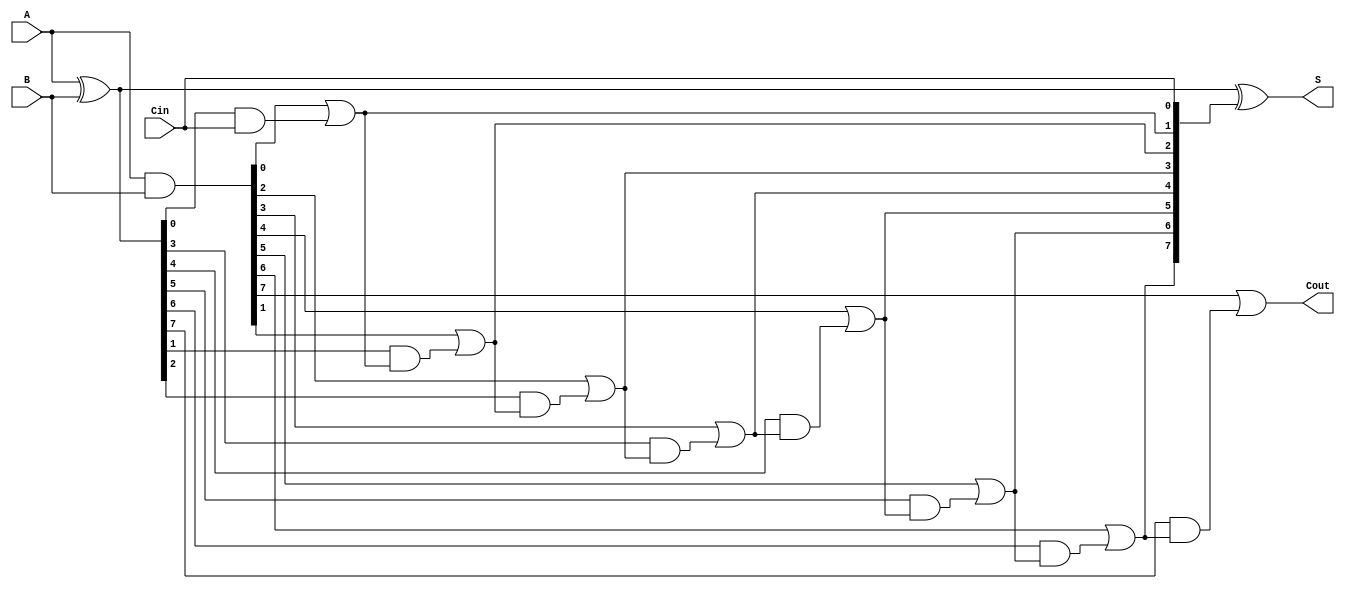
module ParallelPrefixAdder #(
    parameter N = 8 // Bit width
) (
    input  [N-1:0] A,      // First operand
    input  [N-1:0] B,      // Second operand
    input         Cin,      // Carry-in
    output [N-1:0] S,      // Sum output
    output        Cout      // Carry-out
);

    // Generate and Propagate signals
    wire [N-1:0] G; // Generate signals
    wire [N-1:0] P; // Propagate signals
    wire [N:0] C;   // Carry signals (C[0] = Cin, C[N] = Cout)

    // Generate and Propagate computation
    assign G = A & B;             // G[i] = A[i] AND B[i]
    assign P = A ^ B;             // P[i] = A[i] XOR B[i]

    // Carry computation using Kogge-Stone structure
    assign C[0] = Cin;            // C[0] = Cin

    genvar i, j;
    generate
        for (i = 0; i < N; i = i + 1) begin : carry_gen
            if (i == 0) begin
                // First carry
                assign C[i + 1] = G[i] | (P[i] & C[i]);
            end else begin
                // Subsequent carries
                assign C[i + 1] = G[i] | (P[i] & C[i]);
            end
        end
    endgenerate

    // Sum calculation
    assign S = A ^ B ^ C[N-1:0]; // S[i] = A[i] XOR B[i] XOR C[i]

    // Final carry-out
    assign Cout = C[N];

endmodule